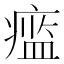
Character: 𱱞